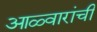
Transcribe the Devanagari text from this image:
आळ्वारांची